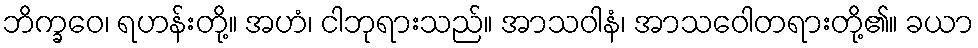
ဘိက္ခဝေ၊ ရဟန်းတို့။ အဟံ၊ ငါဘုရားသည်။ အာသဝါနံ၊ အာသဝေါတရားတို့၏။ ခယာ